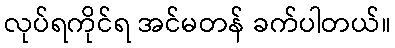
လုပ်ရကိုင်ရ အင်မတန် ခက်ပါတယ်။